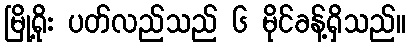
မြို့ရိုး ပတ်လည်သည် ၆ မိုင်ခန့်ရှိသည်။